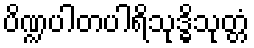
ပိဏ္ဍပါတပါရိသုဒ္ဓိသုတ္တံ